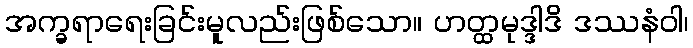
အက္ခရာရေးခြင်းမူလည်းဖြစ်သော။ ဟတ္ထမုဒ္ဒါဒိ ဒဿနံဝါ၊